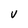
Character: V